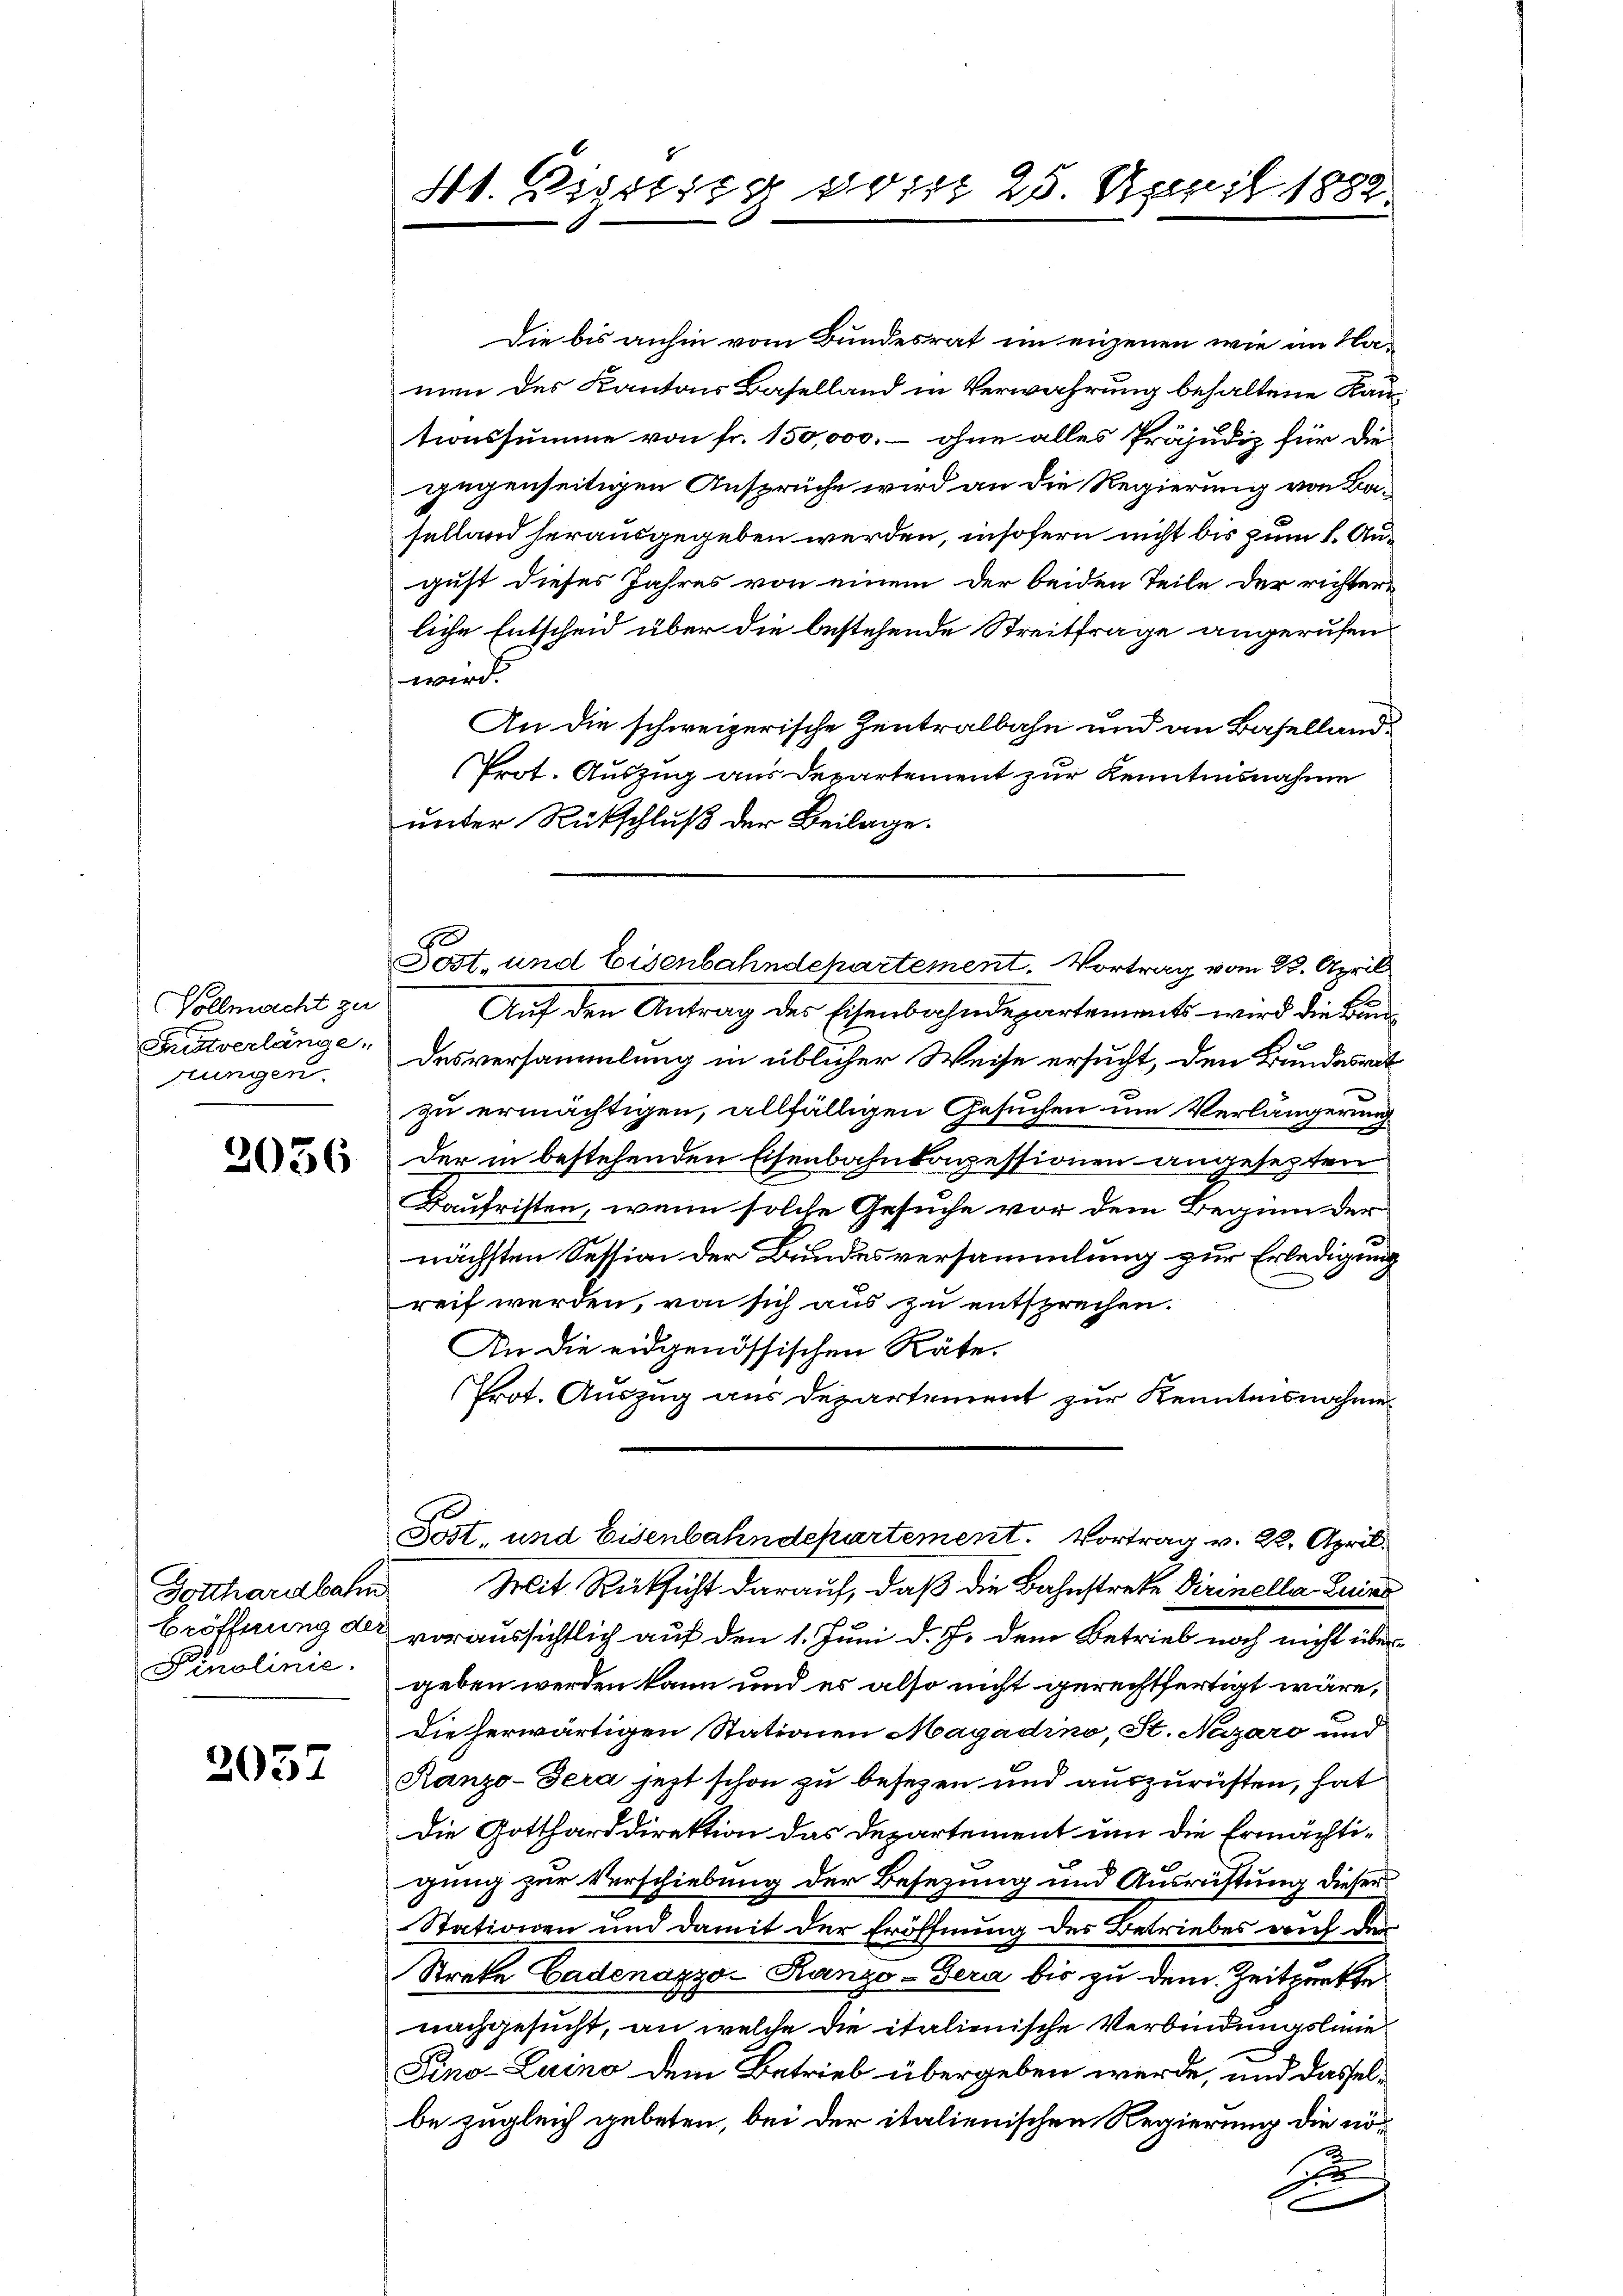
Vollmacht zu
tungen.

2056

Gotthardbahn
Pinolinie.

2037

4t. Vigiling bis 25. April 1889

Die bis anhin vom Bundesrat ein eigenen wie im Namen des Kantons Baselland in Verwahrung behaltene Kau-
tionssumme von fr. 150,000. – ohne alles Präjudiz für die
gegenseitigen Ansprüche wird an die Regierung von Baselland herausgegeben werden, insofern nicht bis zum 1. August dieses Jahres von einem der beiden Teile der richter-
liche Entscheid über die bestehende Streitfrage angerufen
wird.
An die schweizerische Zentralbahn und an Baselland¬
Prot. Auszug aus Departement zur Kenntnisnahme
unter Rückschluß der Beilage.
Auf den Antrag des Eisenbahndepartements wird die Bun¬
Fristverlänge: Desversammlung in üblicher Weise ersucht, den Bundesrat
zu ermächtigen, allfälligen Gesuchen um Verlängerung
der in bestehenden Eisenbahnbagessionen angesezten
Baufristen, wenn solche Gesuche vor dem Beginn der
nächsten Session der Bundesversammlung zur Erledigung
reit werden, von sich aus zu entsprechen.
An die eidgenössischen Räte,
Prot. Auszug aus Departement zur Kenntnisnahme
Post, und Eisenbahndepartement. Vortrag v. 22. April.
Mit Rücksicht darauf, daß die Bahnstreke Dirinella Luise
Eröffnung der voraussichtlich auf den 1. Juni d. J. dem Betrieb noch nicht übergeben werden kann und es also nicht gerechtfertigt wäre,
Die herwärtigen Stationen Magadino, St. Nezaro und
Ranzo-Sera jezt schon zu besezen und auszurüsten, hat
Die Gottharddirektion das Departement um die Ermächtigung zur Verschiebung der Besezung und Ausrichtung dieser
Stationen und damit der Eröffnung des Betriebes auf der
Strafe Cadenazyo-Ranzo-Sera bis zu dem Zeitpunkte
nachgesucht, an welche die italienische Verbindungslinie
Fino-Luino dem Betrieb übergeben werde, und dasselbe zugleich gebeten, bei der italienischen Regierung die nöe
d

Post- und Eisenbahndepartement. Vortrag vom 23. April